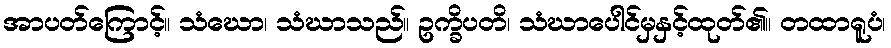
အာပတ်ကြောင့်။ သံဃော၊ သံဃာသည်။ ဥက္ခိပတိ၊ သံဃာပေါင်မှနှင့်ထုတ်၏။ တထာရူပံ၊